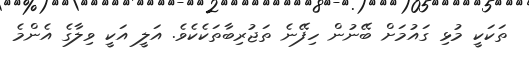
ތަކަކީ މުޅި ގައުމަށް ބޭނުން ހިފޭނެ ތަޖުރިބާތަކެކެވެ. އަލީ އަކީ ވިލާގެ އެންމެ